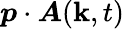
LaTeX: \boldsymbol{p}\cdot\boldsymbol{A}(\boldsymbol{\mathbf{k}},t)